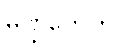
မုဏ္ဍကေဟိ